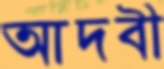
আদবী